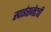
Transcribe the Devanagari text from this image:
स्पाईसजेटची